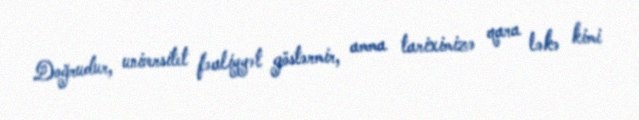
Doğrudur, universitet fəaliyyət göstərmir, amma tariximizə qara ləkə kimi